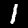
Label: 1